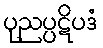
ပုညပ္ပဋိပဒံ